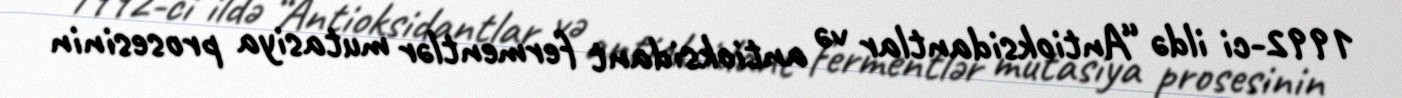
1992-ci ildə “Antioksidantlar və antioksidant fermentlər mutasiya prosesinin